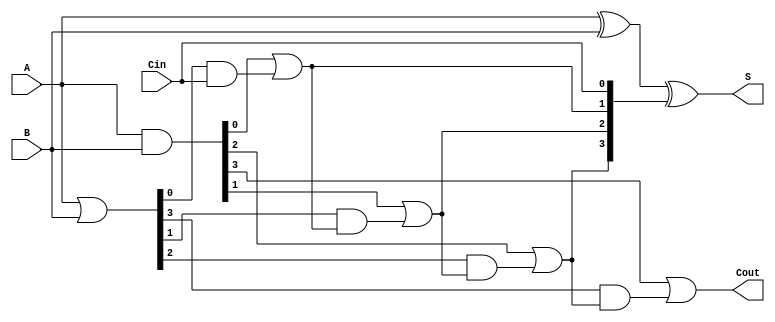
module RCLA #(parameter N = 4) (
    input [N-1:0] A,       // First n-bit input
    input [N-1:0] B,       // Second n-bit input
    input Cin,             // Input carry
    output [N-1:0] S,      // n-bit sum output
    output Cout            // Output carry
);

    // Generate and Propagate signals
    wire [N-1:0] G;        // Generate signals
    wire [N-1:0] P;        // Propagate signals
    wire [N:0] C;          // Carry signals

    // Generate and Propagate calculations
    assign G = A & B;      // Gi = Ai AND Bi
    assign P = A | B;      // Pi = Ai OR Bi

    // Carry calculations using lookahead logic
    assign C[0] = Cin;     // C0 = Cin
    genvar i;
    generate
        for (i = 0; i < N; i = i + 1) begin : carry_generation
            if (i == 0) begin
                assign C[i + 1] = G[i] | (P[i] & C[i]); // C1 = G0 OR (P0 AND C0)
            end else begin
                assign C[i + 1] = G[i] | (P[i] & C[i]); // Cn = Gn-1 OR (Pn-1 AND Cn-1)
            end
        end
    endgenerate

    // Sum calculations
    assign S = A ^ B ^ C[N-1:0]; // Si = Ai XOR Bi XOR Ci

    // Output carry
    assign Cout = C[N]; // Cout = Cn

endmodule